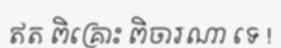
ឥត ពិគ្រោះ ពិចារណា ទេ !